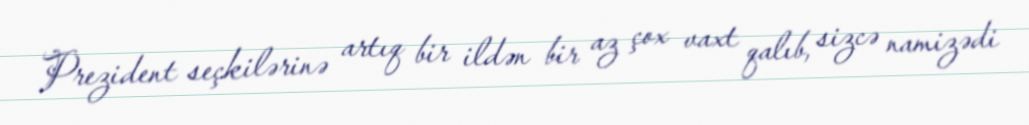
Prezident seçkilərinə artıq bir ildən bir az çox vaxt qalıb, sizcə namizədi